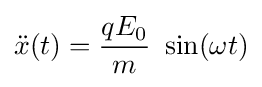
{\ddot {x}}(t)={\frac {qE_{0}}{m}}~\sin(\omega t)